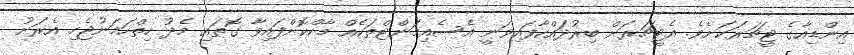
އިންޑިއާގެ ޓީޗަރަކަށެވެ. އެޓީޗަރަށް ބިރުދައްކާފައިވަނީ އެސެއިމަންޓްތަކެއް މާކްކޮށްފައިވާ ގޮތައި މެދު ހިތްހަމަނުޖެހި އެރަށު